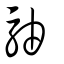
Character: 駎